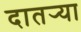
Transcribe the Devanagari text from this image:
दातर्‍या